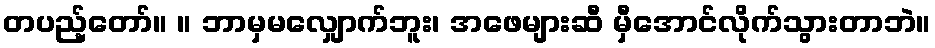
တပည့်တော်။ ။ ဘာမှမလျှောက်ဘူး၊ အဖေများဆီ မှီအောင်လိုက်သွားတာဘဲ။